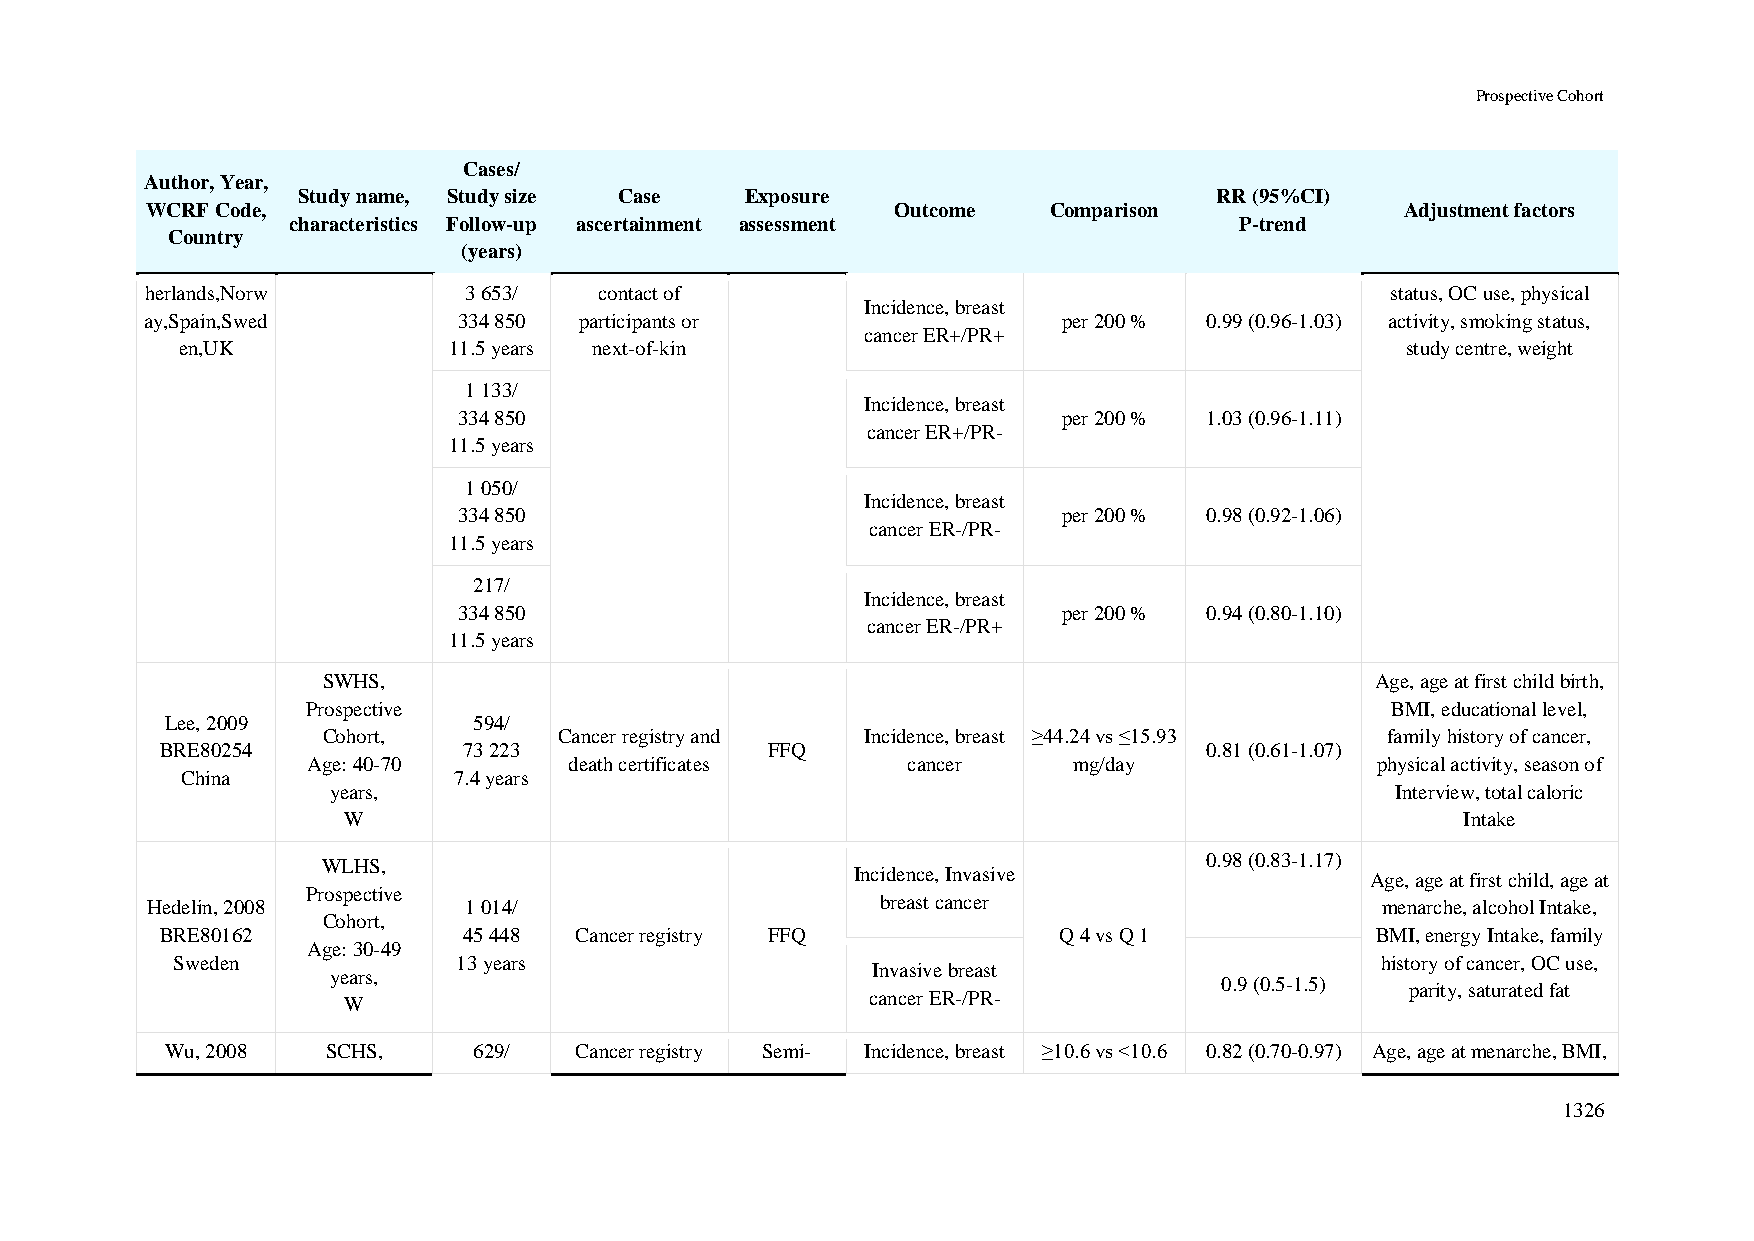
Prospective Cohort
 Cases/
 Author, Year,
 Study name, Study size Case  Exposure                        RR (95%CI)
 WCRF Code,                                       Outcome   Comparison              Adjustment factors
 characteristics Follow-up ascertainment assessment             P-trend
 Country
 (years)
 herlands,Norw        3 653/   contact of                                          status, OC use, physical
 Incidence, breast
 ay,Spain,Swed       334 850 participants or                 per 200 % 0.99 (0.96-1.03) activity, smoking status,
 cancer ER+/PR+
 en,UK             11.5 years next-of-kin                                         study centre, weight
 1 133/
 Incidence, breast
 334 850                                 per 200 % 1.03 (0.96-1.11)
 cancer ER+/PR-
 11.5 years
 1 050/
 Incidence, breast
 334 850                                 per 200 % 0.98 (0.92-1.06)
 cancer ER-/PR-
 11.5 years
 217/
 Incidence, breast
 334 850                                 per 200 % 0.94 (0.80-1.10)
 cancer ER-/PR+
 11.5 years
 SWHS,                                                                 Age, age at first child birth,
 Prospective                                                             BMI, educational level,
 Lee, 2009           594/
 Cohort,         Cancer registry and Incidence, breast ≥44.24 vs ≤15.93 family history of cancer,
 BRE80254            73 223              FFQ                          0.81 (0.61-1.07)
 Age: 40-70        death certificates    cancer     mg/day              physical activity, season of
 China             7.4 years
 years,                                                                Interview, total caloric
 W                                                                         Intake
 WLHS,                                                      0.98 (0.83-1.17)
 Incidence, Invasive               Age, age at first child, age at
 Prospective
 Hedelin, 2008        1 014/                     breast cancer                    menarche, alcohol Intake,
 Cohort,
 BRE80162            45 448 Cancer registry FFQ             Q 4 vs Q 1           BMI, energy Intake, family
 Age: 30-49
 Sweden             13 years                                                     history of cancer, OC use,
 Invasive breast
 years,
 0.9 (0.5-1.5)
 parity, saturated fat
 cancer ER-/PR-
 W
 Wu, 2008   SCHS,    629/   Cancer registry Semi- Incidence, breast ≥10.6 vs <10.6 0.82 (0.70-0.97) Age, age at menarche, BMI,
 1326